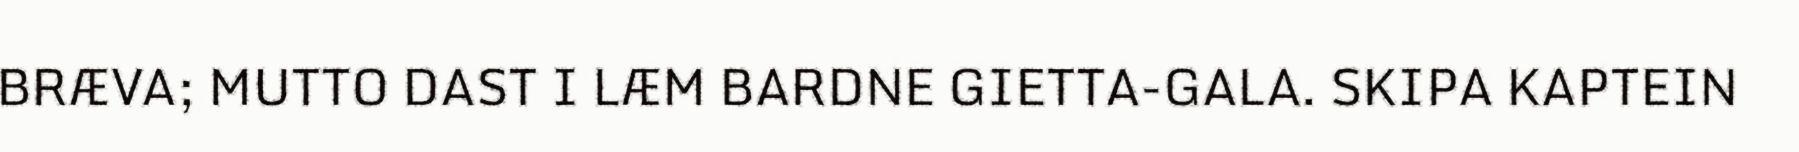
BRÆVA; MUTTO DAST I LÆM BARDNE GIETTA-GALA. SKIPA KAPTEIN